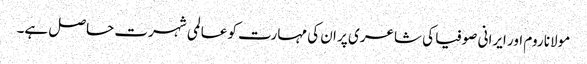
مولانا روم اور ایرانی صوفیا کی شاعری پر ان کی مہارت کو عالمی شہرت حاصل ہے۔